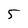
Character: 5